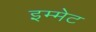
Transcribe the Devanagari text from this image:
इम्मेट